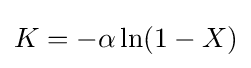
K=-\alpha \ln(1-X)